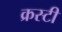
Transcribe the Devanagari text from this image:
क्रस्टी